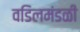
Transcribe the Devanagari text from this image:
वडिलमंडळी